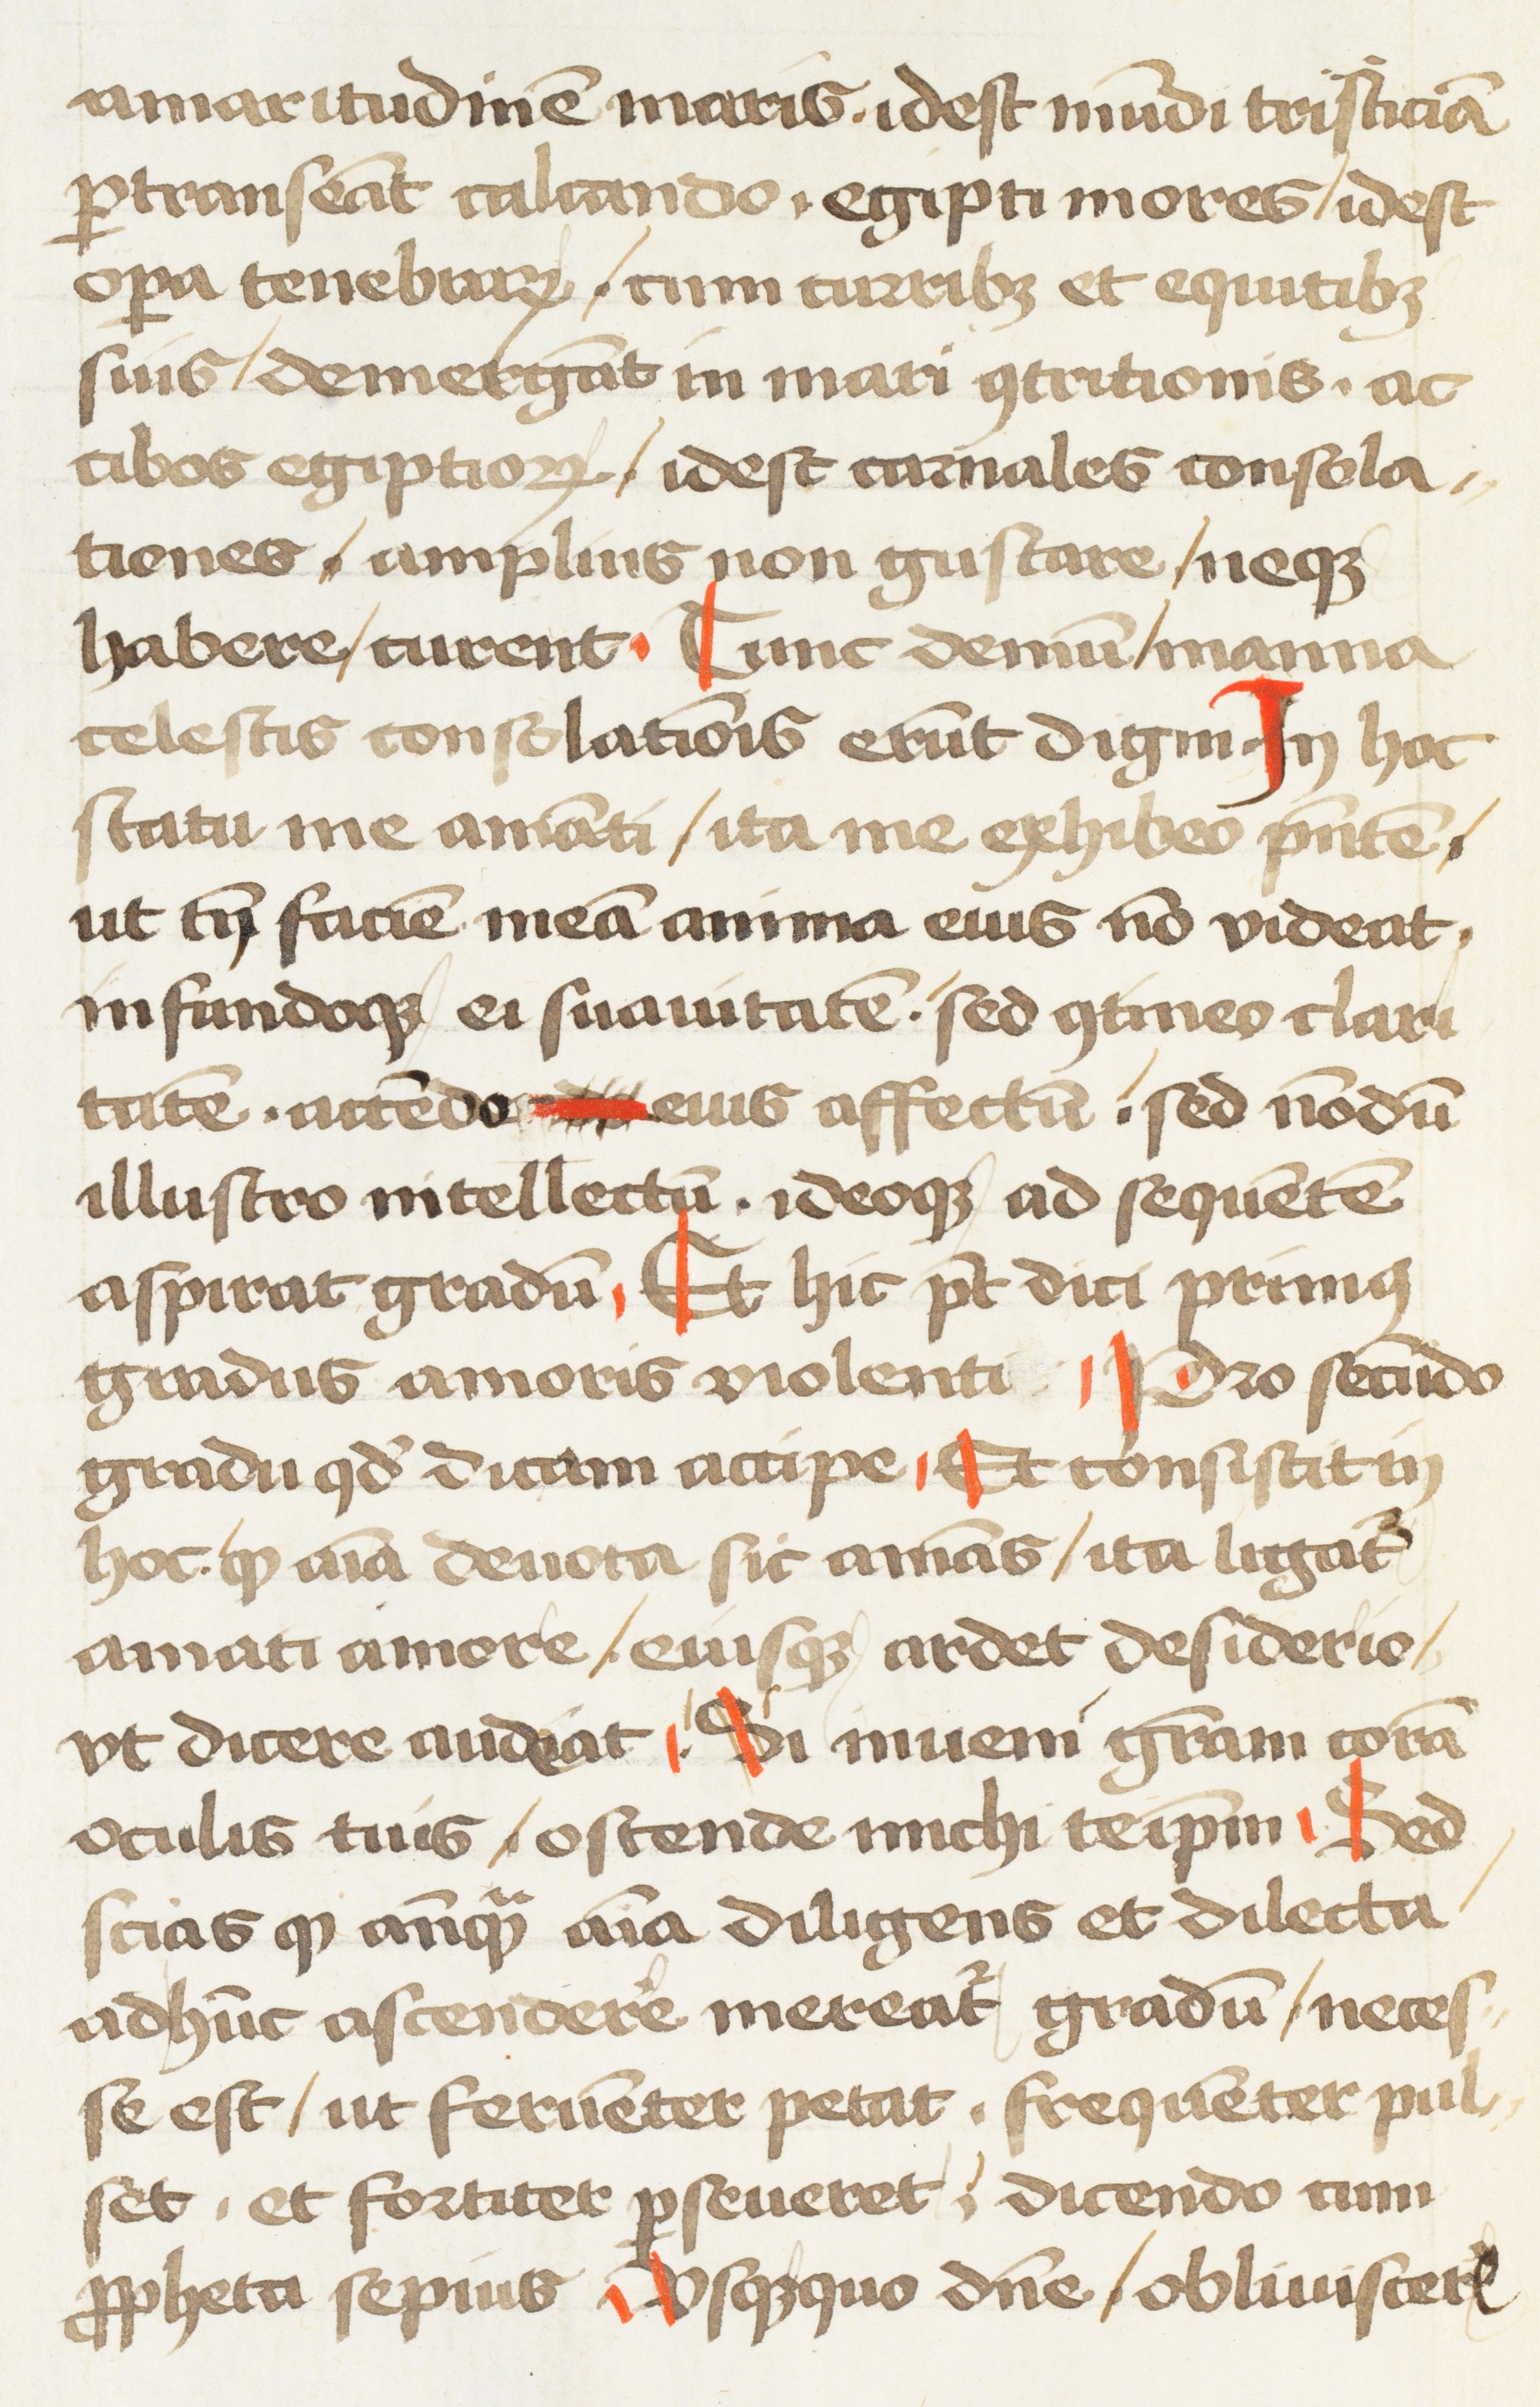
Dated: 1472–1472